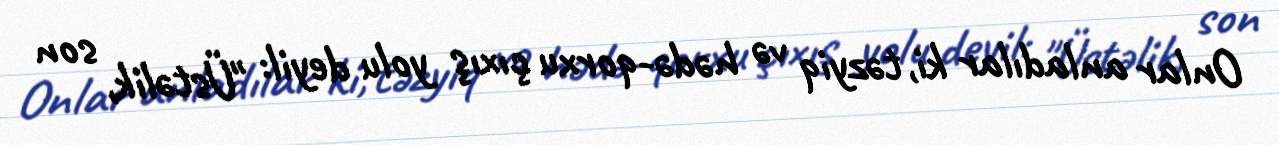
Onlar anladılar ki, təzyiq və hədə-qorxu çıxış yolu deyil: "Üstəlik, son